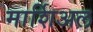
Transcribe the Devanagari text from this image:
मार्शिअल